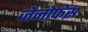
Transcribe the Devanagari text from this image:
जेनोफेंस